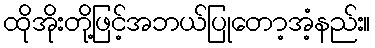
ထိုအိုးတို့ဖြင့်အဘယ်ပြုတော့အံ့နည်း။